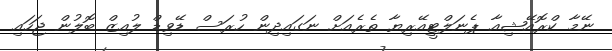
ނޭމާ ކްރޮއޭޝިއާ ޕެނަލްޓީއޭރިޔާ ތެރެއަށް ނަގައިދިން ހުރަސް ޑޭވިޑް ލުއިޒް ބޮލުން ޖަހައި